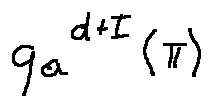
q _ { a } ^ { d + I } ( \pi )